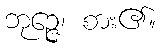
ဘုဉ္ဇေ၊ စား၏။